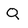
Character: Q